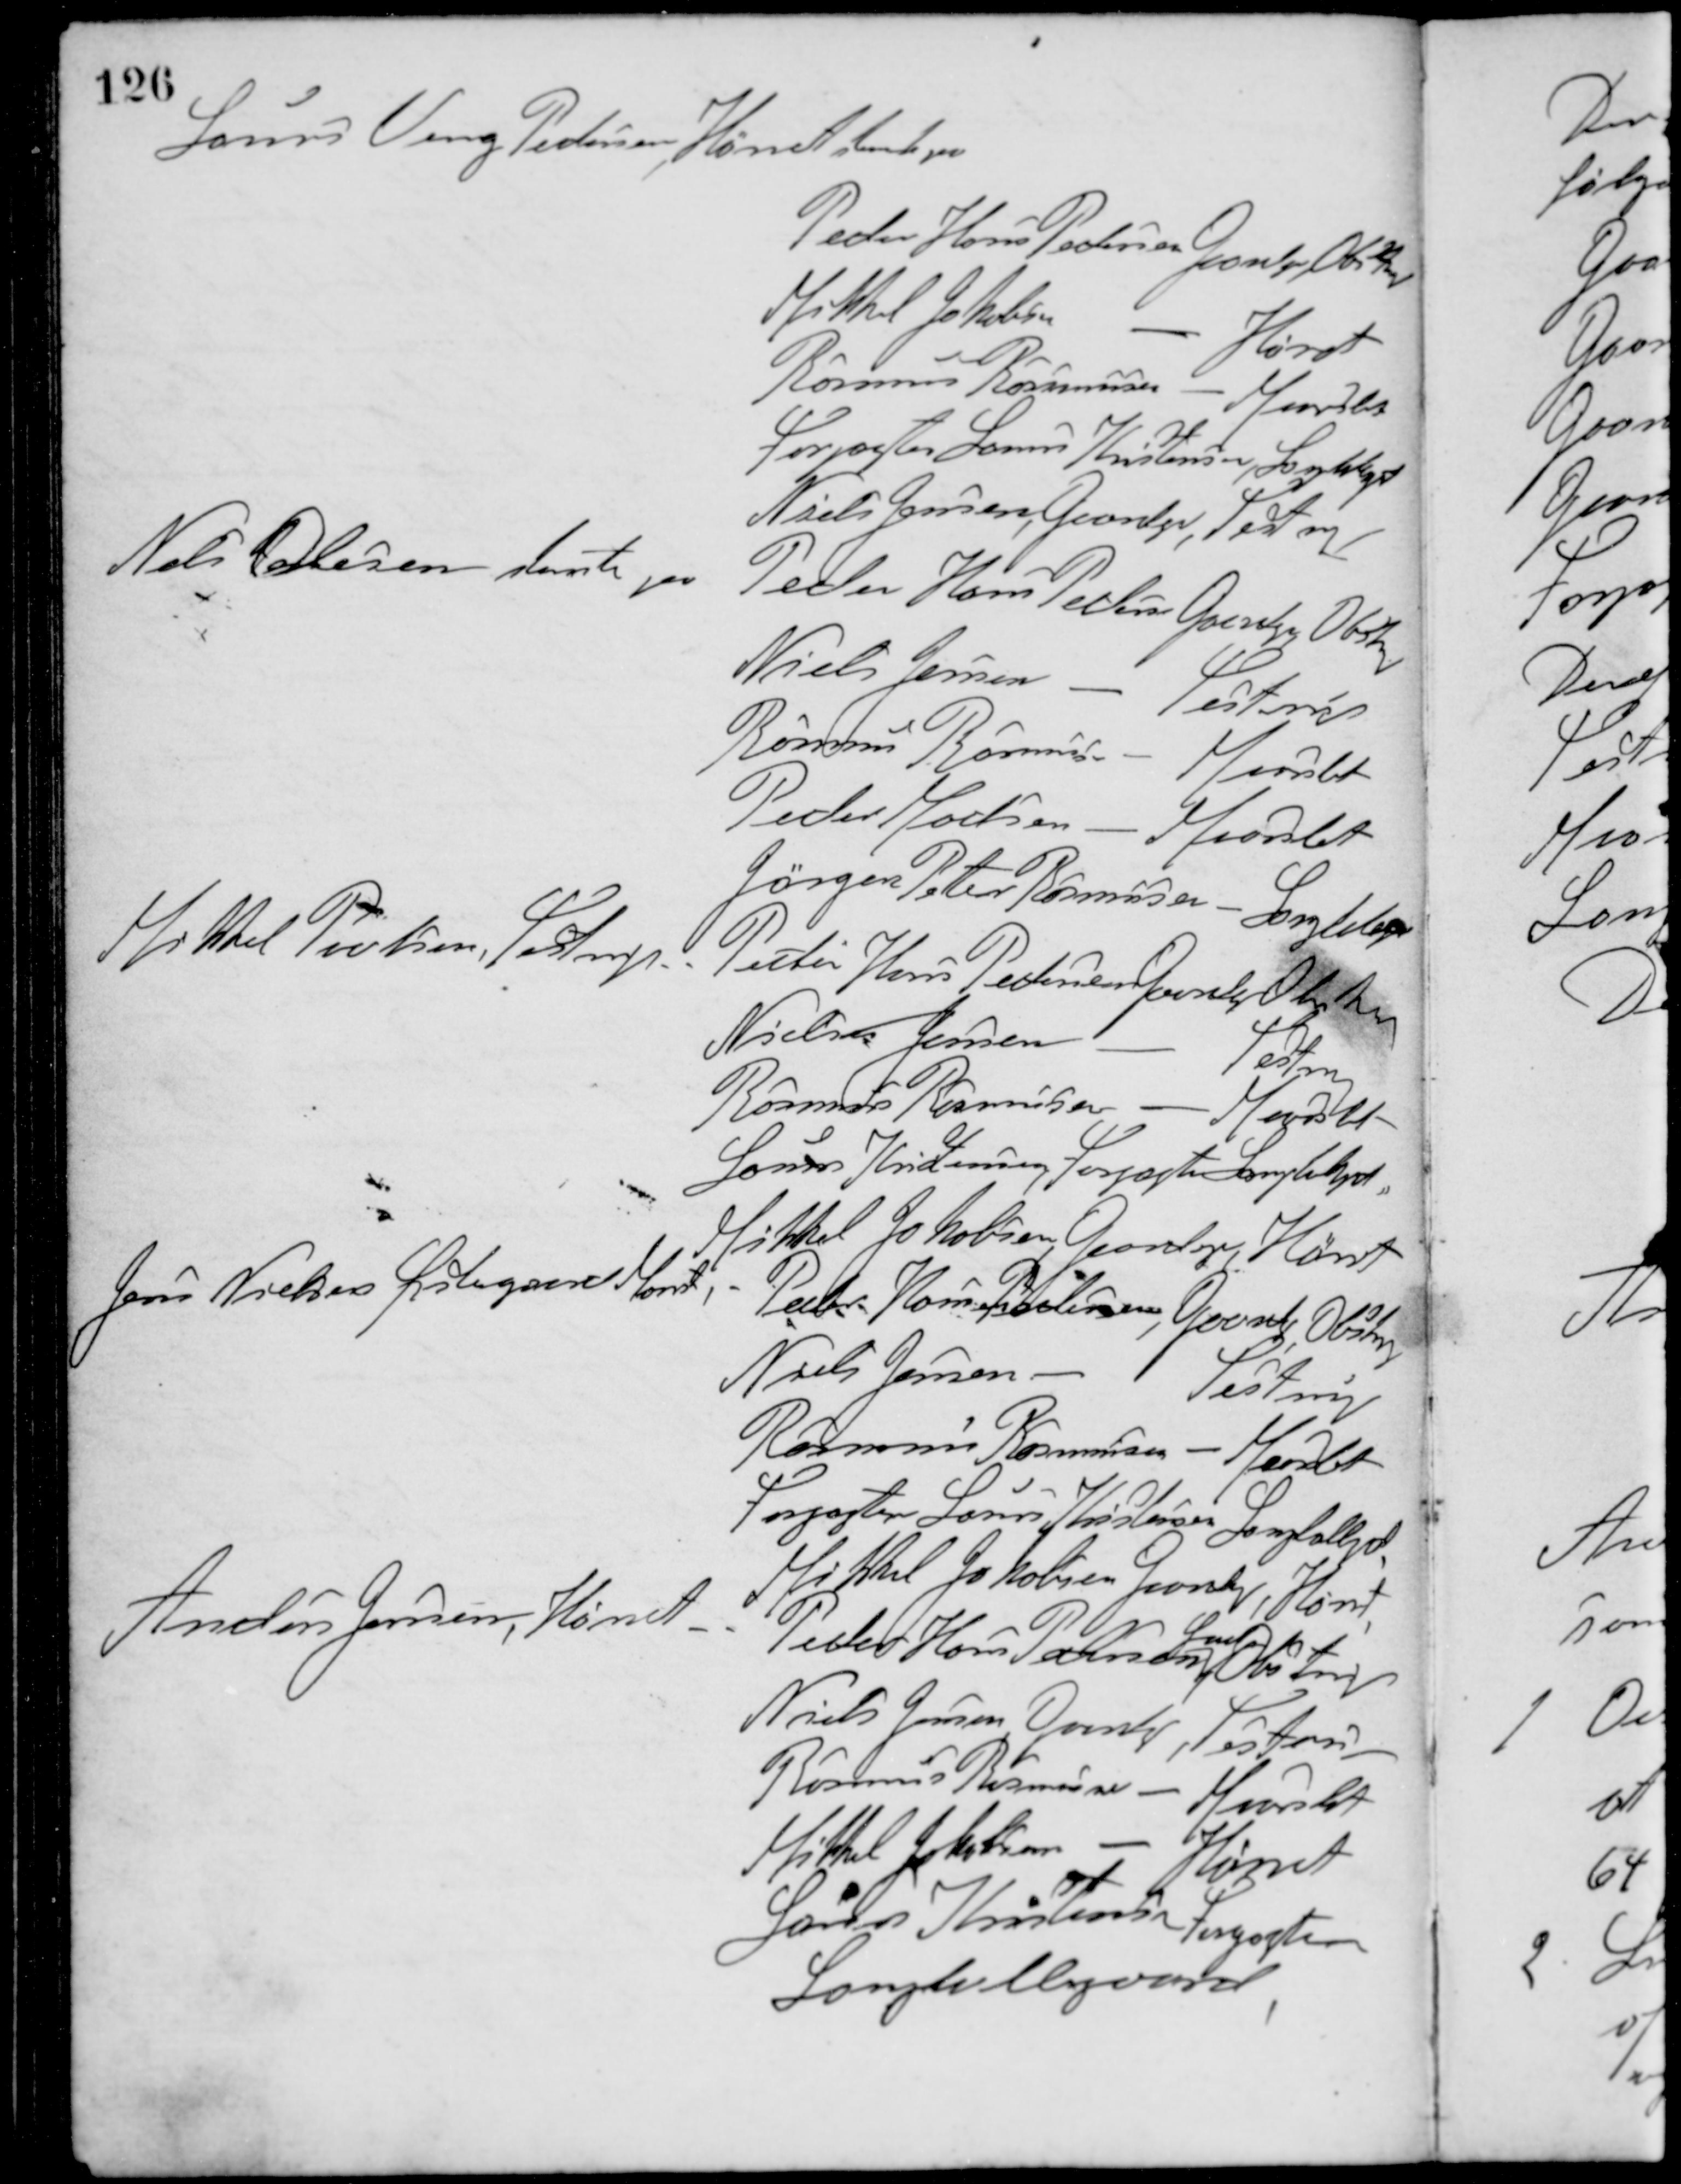
Transskription:
Laurs Veng Pedersen, Hørret stemte paa
Peder Hans Pedersen, Gaardj, Obstrup
Mikkel Jakobsen - Hørret
Rasmus Rasmusen - Maarslet
Forpagter Laurs Kristensen, Langbgd.
Niels Jensen, Gaardejer, Testrup
Niels Olesen stemte paa
Peder Hans Pedersen Gaardejer, Obstrup
Niels Jensen - Testrup
Rasmus Rasmussen - Maarslet
Peder Madsen - Maarslet
Jørgen Peters Rasmussen - Langbgd.
Mikkel Poulsen, Testrup - -
Peder Hans Pedersen Gaardej, Obstrup
Niels Jensen - Testrup
Rasmus Rasmussen - Maarslet
Laurs Kristensen, Forpagter Langbgd.
Mikkel Jakobsen, Gaardejer, Hørret
Jens Nielsen Østergaard, Maarslet - -
Peder Hans Pedersen, Gaard, Obstrup
Niels Jensen - Testrup
Rasmus Rasmussen - Maarslet
Forpagter Lauers Kristensen Langballegd.
Mikkel Jakobsen Gaardj, Hørret
Anders Jensen, Hørret - -
Peder Hans Pedersen,
Gaardejer
Obstrup
Niels Jensen, Gaardej, Testrup
Rasmus Rasmussen - Maarslet
Mikkel Jakobsen - Hørret
Laurs Kristensen Forpagter
Langballegaard.